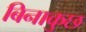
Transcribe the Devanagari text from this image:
बिनाकुछ